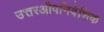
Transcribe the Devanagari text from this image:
उत्तरऔपनिवेशिक